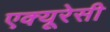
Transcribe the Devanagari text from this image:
एक्‍यूरेसी